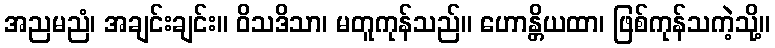
အညမညံ၊ အချင်းချင်း။ ဝိသဒိသာ၊ မတူကုန်သည်။ ဟောန္တိယထာ၊ ဖြစ်ကုန်သကဲ့သို့။